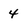
Character: 4